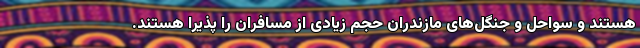
هستند و سواحل و جنگل‌های مازندران حجم زیادی از مسافران را پذیرا هستند.